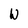
Character: W